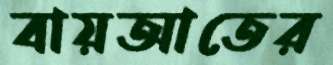
বায়আতের